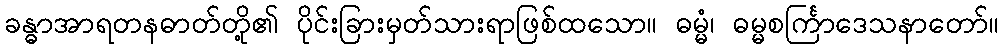
ခန္ဓာအာရတနဓာတ်တို့၏ ပိုင်းခြားမှတ်သားရာဖြစ်ထသော။ ဓမ္မံ၊ ဓမ္မစင်္ကြာဒေသနာတော်။